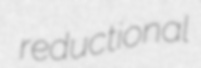
reductional